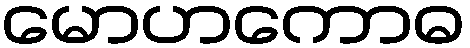
မောဟကောဓ